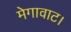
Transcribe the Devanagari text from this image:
मेगावाट।